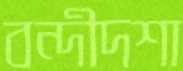
বন্দীদশা